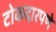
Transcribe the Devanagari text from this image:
टोकदारपणे